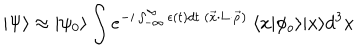
| \Psi \rangle \approx | \psi _ { 0 } \rangle \int e ^ { - i \int _ { - \infty } ^ { \infty } \epsilon ( t ) d t { } ~ ( \vec { x } \cdot { \bf L } \cdot \vec { \rho } ) } ~ \langle x | \phi _ { o } \rangle | x \rangle d ^ { 3 } x